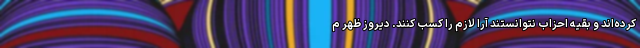
کرده‌اند و بقیه احزاب نتوانستند آرا لازم را کسب کنند. دیروز ظهر م